Scottish Leaving Certificate Examination, 1961
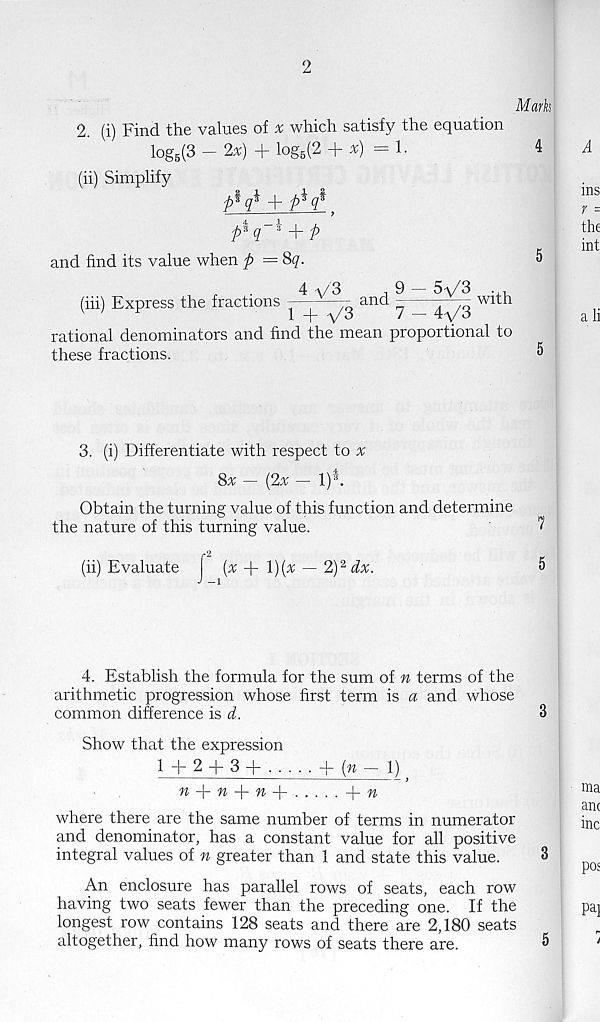
2
Mark
2. (i) Find the values of x which satisfy the equation
log 5 (3 — 2x) + log 5 (2 + x) = 1.
4
(ii) Simplify
hM + p i q% >
and find its value when p =8q.
5
(hi) Express the fractions
4 V3 and
5V3 with
1 + V3
7 - 4V3
rational denominators and find the mean proportional to
these fractions.
3. (i) Differentiate with respect to x
8x - (2x - l) 1 .
Obtain the turning value of this function and determine
the nature of this turning value.
(ii) Evaluate [ (x + 1)(^ — 2) 2 ix.
5
4. Establish the formula for the sum of n terms of the
arithmetic progression whose first term is a and whose
common difference is d.
3
Show that the expression
1 + 2 + 3+
+ ( w -l)
»+»+«+
+«
where there are the same number of terms in numerator
and denominator, has a constant value for all positive
integral values of n greater than 1 and state this value.
3
An enclosure has parallel rows of seats, each row
having two seats fewer than the preceding one. If the
longest row contains 128 seats and there are 2,180 seats
altogether, find how many rows of seats there are.